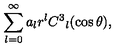
\sum _ { l = 0 } ^ { \infty } a _ { l } r ^ { l } C ^ { 3 } { } _ { l } ( \cos \theta ) ,